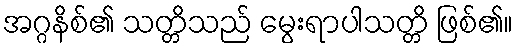
အဂ္ဂနိစ်၏ သတ္တိသည် မွေးရာပါသတ္တိ ဖြစ်၏။